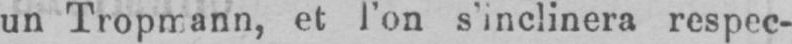
un Tropmann, et l’on s’inclinera respec-